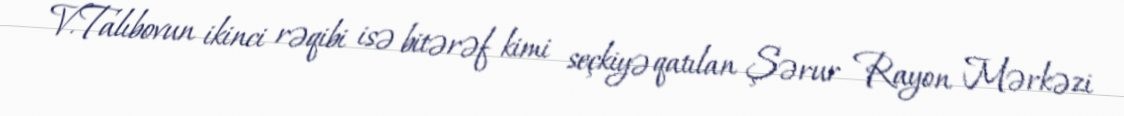
V.Talıbovun ikinci rəqibi isə bitərəf kimi seçkiyə qatılan Şərur Rayon Mərkəzi